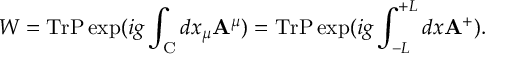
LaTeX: W = \mathrm { T r } \mathrm { { P } } \exp ( i g \int _ { \mathrm { C } } d x _ { \mu } { \bf A } ^ { \mu } ) = \mathrm { T r } \mathrm { { P } } \exp ( i g \int _ { - L } ^ { + L } d x { \bf A } ^ { + } ) .